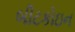
બીટકોઇન